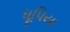
ધૂપિયા